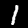
Label: 1